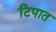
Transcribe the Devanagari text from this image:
टिपात